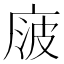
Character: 𰏻